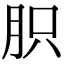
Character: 胑